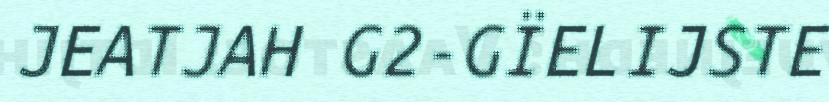
JEATJAH G2-GÏELIJSTE